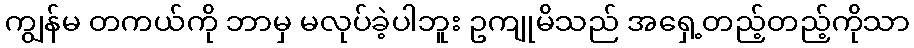
ကျွန်မ တကယ်ကို ဘာမှ မလုပ်ခဲ့ပါဘူး ဥကျုမိသည် အရှေ့တည့်တည့်ကိုသာ